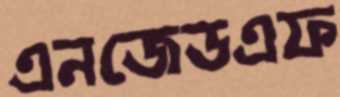
এনজেডএফ